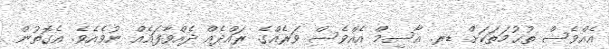
އެއްވެސް ތުޙުމަތަކަށް ޑރ. އާސިމް އެއްވެސް ވަރެއްގެ ރައްދެއް ދެއްވާފައެއް ނުވެއެވެ. އެގޮތުން